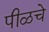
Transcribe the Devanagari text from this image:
पीळचे